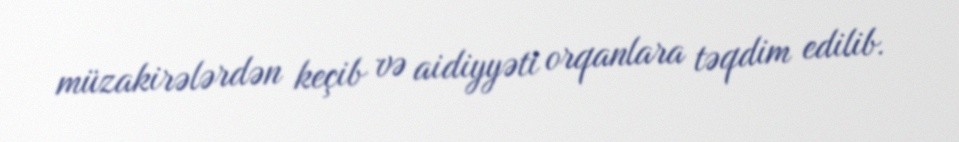
müzakirələrdən keçib və aidiyyəti orqanlara təqdim edilib.